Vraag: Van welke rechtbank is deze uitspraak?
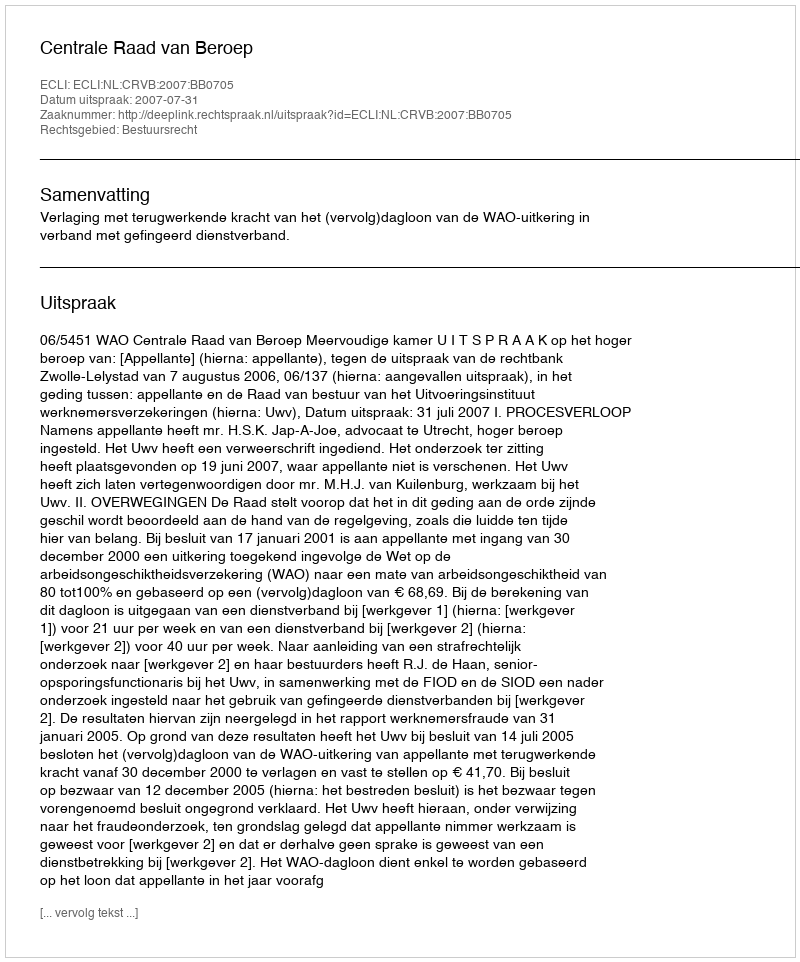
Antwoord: Centrale Raad van Beroep